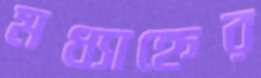
মধ্যাহ্নের